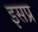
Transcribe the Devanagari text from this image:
इसप्र